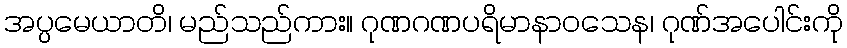
အပ္ပမေယာတိ၊ မည်သည်ကား။ ဂုဏဂဏပရိမာနာဝသေန၊ ဂုဏ်အပေါင်းကို